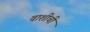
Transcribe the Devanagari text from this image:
वाशीची